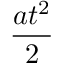
\frac { a t ^ { 2 } } { 2 }